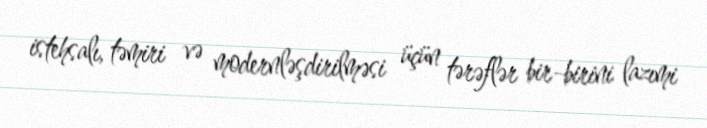
istehsalı, təmiri və modernləşdirilməsi üçün tərəflər bir-birini lazımi